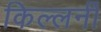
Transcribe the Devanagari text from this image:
किल्लर्नी